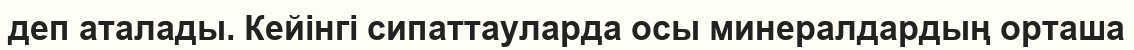
деп аталады. Кейінгі сипаттауларда осы минералдардың орташа